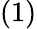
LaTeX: (1)